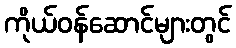
ကိုယ်ဝန်ဆောင်များတွင်